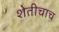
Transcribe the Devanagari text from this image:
शेतीचाच